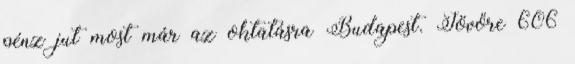
pénz jut most már az oktatásra Budapest. Jövőre 606